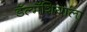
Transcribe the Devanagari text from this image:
डॅल्मॅशियाला